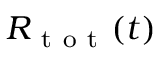
R _ { \mathrm { ~ t ~ o ~ t ~ } } ( t )